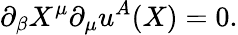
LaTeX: \partial_{\beta}X^{\mu}\partial_{\mu}u^{A}(X)=0.